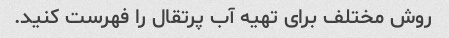
روش مختلف برای تهیه آب پرتقال را فهرست کنید.